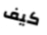
كيف